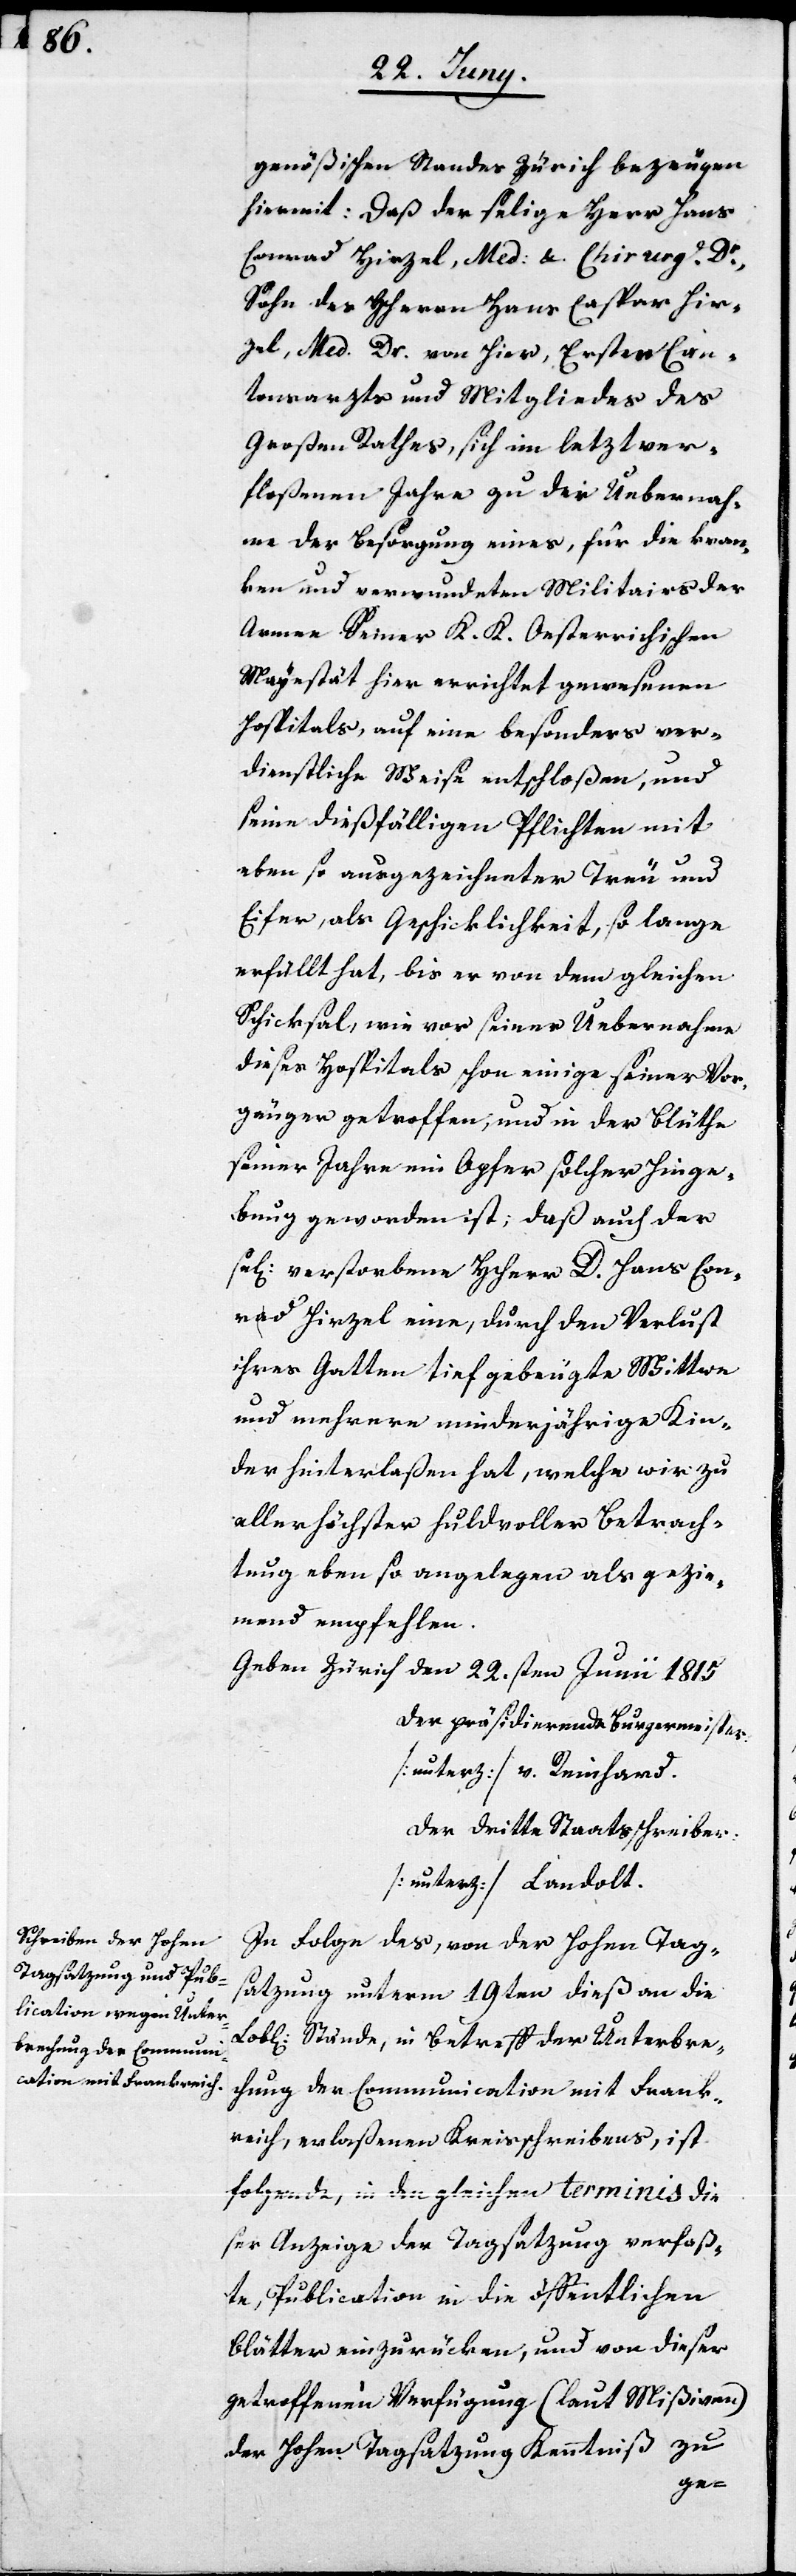
genößischen Standes Zürich bezeugen
hiermit: Daß der selige Herr Hans
Conrad Hirzel, Med: &. Chirurg. Dr,
Sohn des HHerrn Hans Caspar Hir¬
zel, Med. Dr. von hier, Ersten Can¬
tonsarzts und Mitgliedes des
Großen Rathes, sich im letztver¬
floßenen Jahre zu der Uebernah¬
me der Besorgung eines, für die kran¬
ken und verwundeten Militars der
Armee Seiner K. K. Oesterreichischen
Mayestät hier errichtet gewesenen
Hospitals, auf eine besonders ver¬
dienstliche Weise entschloßen, und
seine dießfälligen Pflichten mit
eben so ausgezeichneter Treue und
Eifer, als Geschicklichkeit, so lange
erfüllt hat, bis er von dem gleichen
Schicksal, wie vor seiner Übernahme
dieses Hospitals schon einige seiner Vor¬
gänger getroffen, und in der Blüthe
seiner Jahre ein Opfer solcher Hinge¬
bung geworden ist; daß auch der
se[lige] verstorbene HHerr D. Hans Con¬
rad Hirzel eine, durch den Verlust
ihres Gatten tief gebeugte Wittwe
und mehrere minderjährige Kin¬
der hinterlaßen hat, welche wir zu
allerhöchster huldvoller Betrach¬
tung eben so angelegen als gezie¬
mend empfehlen.
Geben Zürich den 22.sten Junii 1815.
Der präsidierende Burgermeister:
[unterz] v. Reinhard.
Der dritte Staatsschreiber:
[unterz.] Landolt.
In Folge des, von der Hohen Tag¬
satzung unterm 19ten dieß an die
Stände, in Betreff der Untersu¬
chung der Communication mit Frank¬
reich, erlaßenen Kreisschreibens, ist
folgende, in den gleichen terminis die¬
ser Anzeige der Tagsatzung verfaß¬
te, Publication in die öffentlichen
Blätter einzurücken, und von dieser
getroffenen Verfügung (laut Mißiven)
der Hohen Tagsatzung Kenntniß zu